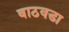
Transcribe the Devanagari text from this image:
वाठवडा